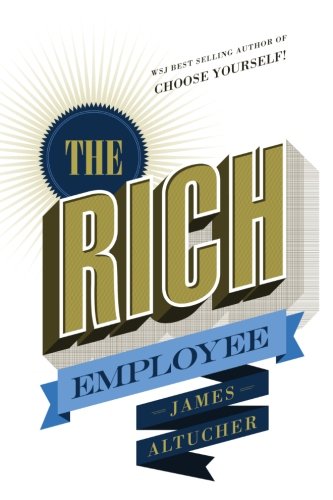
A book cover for The Rich Employee; James Altucher; Business & Money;